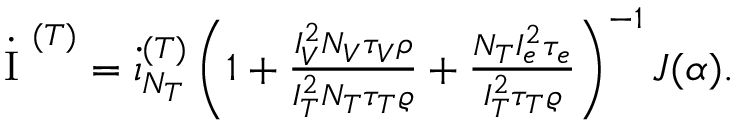
\begin{array} { r } { \dot { \mathrm { ~ I ~ } } ^ { ( T ) } = \dot { \i } _ { N _ { T } } ^ { ( T ) } \left( 1 + \frac { I _ { V } ^ { 2 } N _ { V } \tau _ { V } \rho } { I _ { T } ^ { 2 } N _ { T } \tau _ { T } \varrho } + \frac { N _ { T } I _ { e } ^ { 2 } \tau _ { e } } { I _ { T } ^ { 2 } \tau _ { T } \varrho } \right) ^ { - 1 } J ( \alpha ) . } \end{array}